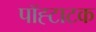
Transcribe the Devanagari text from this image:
पॉह्टाटक